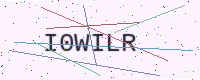
Text: I0WILR